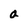
Character: a